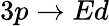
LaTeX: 3p\to Ed